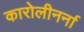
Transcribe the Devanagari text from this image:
कारोलीनर्ना